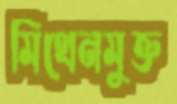
মিথেনমুক্ত